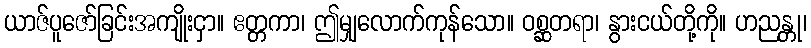
ယာဇ်ပူဇော်ခြင်းအကျိုးငှာ။ ဧတ္တကာ၊ ဤမျှလောက်ကုန်သော။ ဝစ္ဆတရာ၊ နွားငယ်တို့ကို။ ဟညန္တု၊